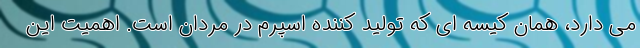
می دارد، همان کیسه ای که تولید کننده اسپرم در مردان است. اهمیت این